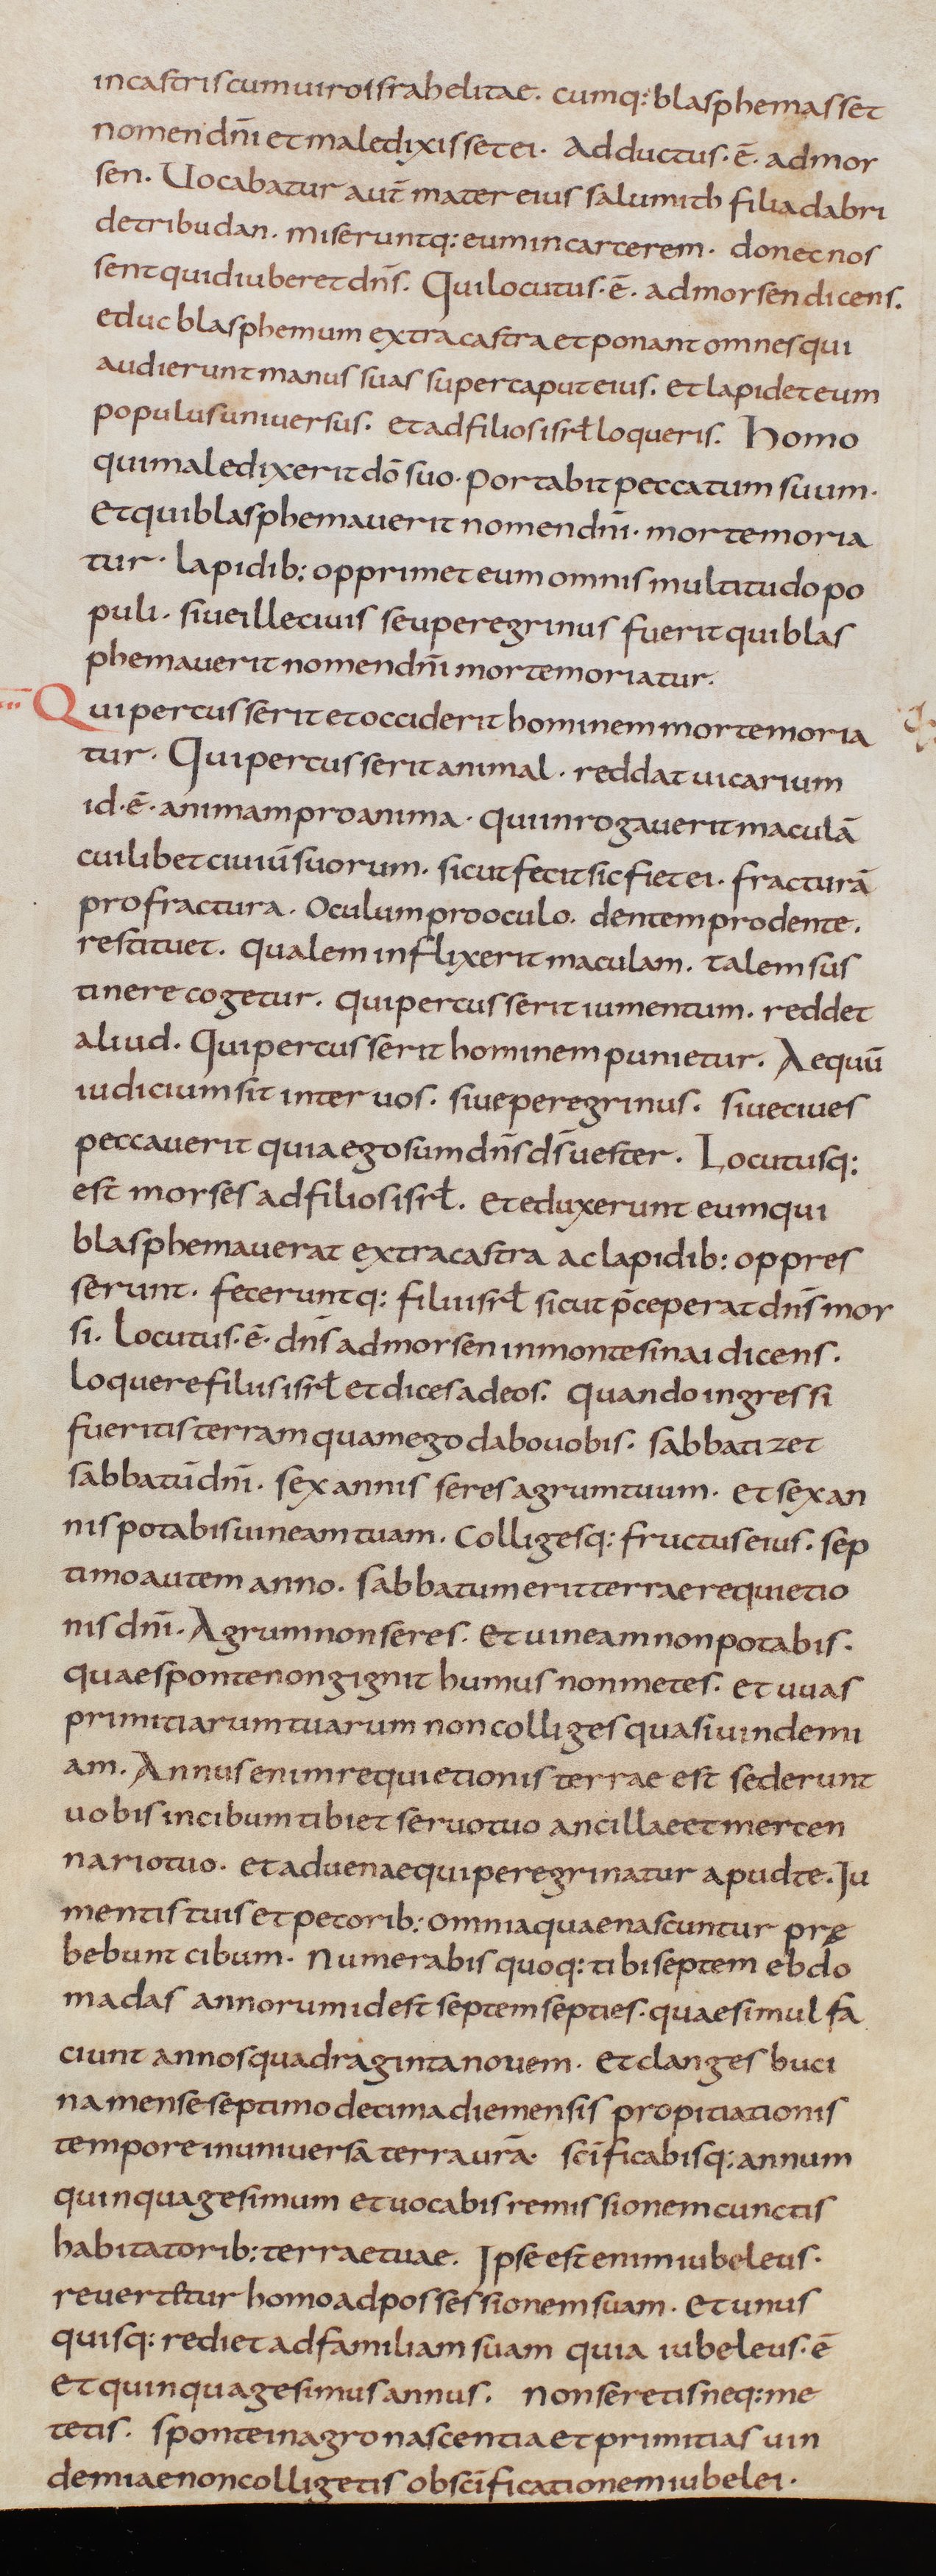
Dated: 805–845